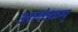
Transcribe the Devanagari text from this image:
आळंकम्